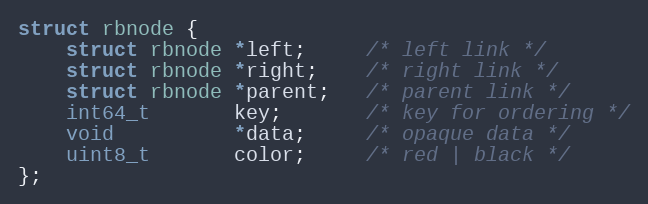
Language: C
struct rbnode {
    struct rbnode *left;     /* left link */
    struct rbnode *right;    /* right link */
    struct rbnode *parent;   /* parent link */
    int64_t       key;       /* key for ordering */
    void          *data;     /* opaque data */
    uint8_t       color;     /* red | black */
};